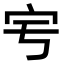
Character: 𡧈